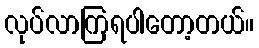
လုပ်လာကြရပါတော့တယ်။